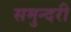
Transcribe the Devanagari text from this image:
समुन्दरी